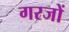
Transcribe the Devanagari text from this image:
गरजों